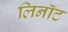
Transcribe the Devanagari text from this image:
लिनॉट